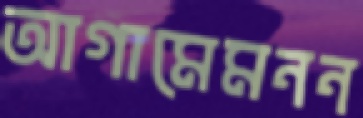
আগামেমনন